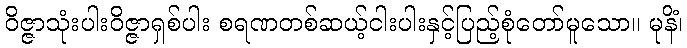
ဝိဇ္ဇာသုံးပါးဝိဇ္ဇာရှစ်ပါး စရဏတစ်ဆယ့်ငါးပါးနှင့်ပြည့်စုံတော်မူသော။ မုနိံ၊